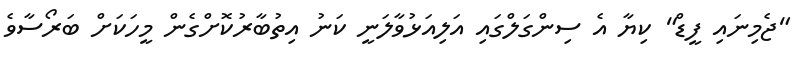
"ޖެމިނައި ފީޑް" ކިޔާ އެ ސިންގަލްގައި އަލިއަޅުވާލަނީ ކަނު އިތުބާރުކޮށްގެން މީހަކަށް ބަރޯސާވެ